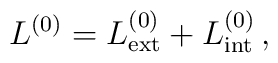
L^{(0)}=  L^{(0)}_{\rm ext}  +       L^{(0)}_{\rm int}\, ,